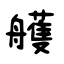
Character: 艧